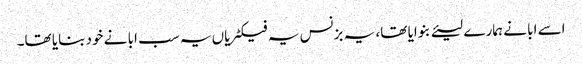
اسے ابا نے ہمارے لیئے بنوایا تھا، یہ بزنس یہ فیکٹریاں یہ سب ابا نے خود بنایا تھا۔